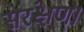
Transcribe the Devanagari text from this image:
सरंक्षण।